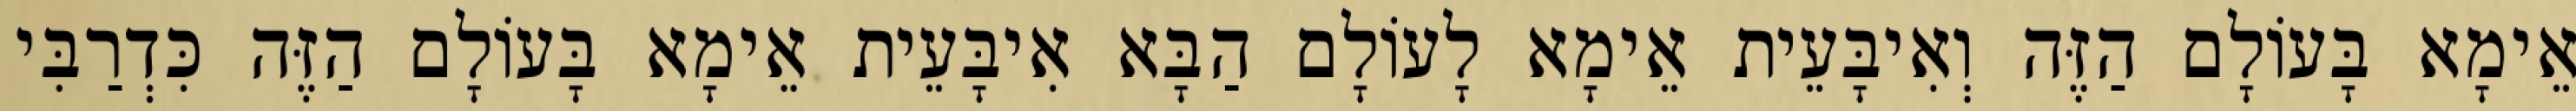
אֵימָא בָּעוֹלָם הַזֶּה וְאִיבָּעֵית אֵימָא לָעוֹלָם הַבָּא אִיבָּעֵית אֵימָא בָּעוֹלָם הַזֶּה כִּדְרַבִּי